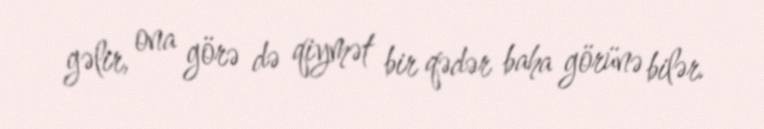
gəlir, ona görə də qiymət bir qədər baha görünə bilər.